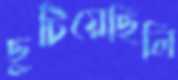
ছুটিয়েছিলি